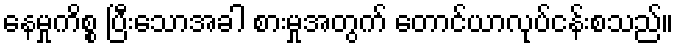
နေမှုကိစ္စ ပြီးသောအခါ စားမှုအတွက် တောင်ယာလုပ်ငန်းစသည်။